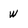
Character: w